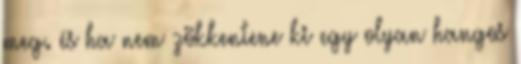
meg. és ha nem zökkentene ki egy olyan hangos